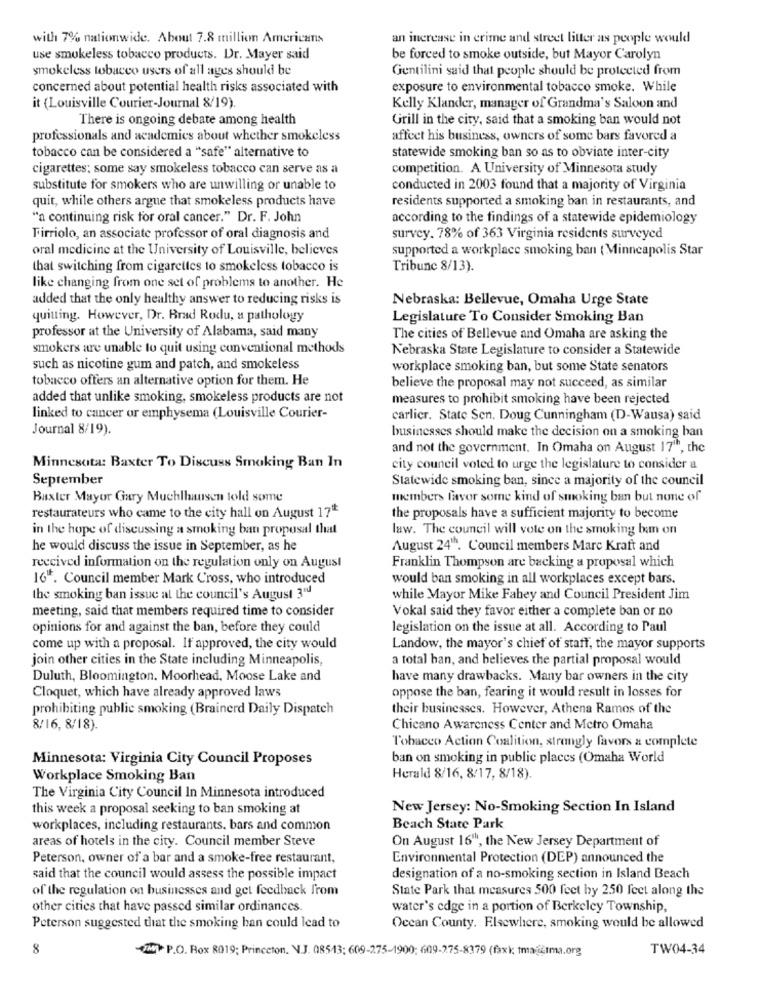
with 7% nationwide. About 7.8 million Americans
an increase in crime and street litter as people would
use smokeless tobacco products. Dr. Mayer said
be forced to smoke outside, but Mayor Carolyn
smokeless tobacco users of all ages should be
Gentilini said that people should be protected from
concerned about potential health risks associated with
exposure to environmental tobacco smoke. While
it (Louisville Courier-Journal 8/19)
Kelly Klander, manager of Grandma's Saloon and
There is ongoing debate among health
Grill in the city, said that a smoking ban would not
professionals and academies about whether smokeless
affect his business, owners of some bars favored a
tobacco can be considered a "safe" alternative to
statewide smoking ban so as to obviate inter-city
cigarettes: some say smokeless tobacco can serve as a
competition. A University of Minnesota study
substitute for smokers who are unwilling or unable to
conducted in 2003 found that a majority of Virginia
quit, while others argue that smokeless products have
residents supported a smoking ban in restaurants, and
"a continuing risk for oral cancer." Dr. F. John
according to the findings of a statewide epidemiology
Firriolo, an associate professor of oral diagnosis and
survey. 78% of 363 Virginia residents surveyed
oral medicine at the University of Louisville, believes
supported a workplace smoking ban (Minneapolis Star
that switching from cigarettes to smokeless tobacco is
Tribune 8/13).
like changing from one set of problems to another. He
added that the only healthy answer to reducing risks is
Nebraska: Bellevue, Omaha Urge State
quitting. However, Dr. Brad Rodu, a pathology
Legislature To Consider Smoking Ban
professor at the University of Alabama, said many
The cities of Bellevue and Omaha are asking the
smokers are unable to quit using conventional methods
Nebraska State Legislature to consider a Statewide
such as nicotine gum and patch, and smokeless
workplace smoking ban, but some State senators
tobacco offers an alternative option for them. He
believe the proposal may not succeed, as similar
added that unlike smoking, smokeless products are not
measures to prohibit smoking have been rejected
linked to cancer or emphysema (Louisville Courier-
carlier. State Sen. Doug Cunningham (D-Wausa) said
Journal 8/19).
businesses should make the decision on a smoking ban
and not the government. In Omaha on August 171h, the
Minnesota: Baxter To Discuss Smoking Ban In
city council voted to urge the legislature to consider a
September
Statewide smoking ban, since a majority of the council
Baxter Mayor Gary Muchlhausen told some
members favor some kind of smoking ban but none of
restaurateurs who came to the city hall on August 17 **
the proposals have a sufficient majority to become
in the hope of discussing a smoking ban proposal that
law. The council will vote on the smoking ban on
he would discuss the issue in September, as he
August 24". Council members Marc Kraft and
received information on the regulation only on August
Franklin Thompson are backing a proposal which
16 *. Council member Mark Cross, who introduced
would ban smoking in all workplaces except bars.
the smoking ban issue at the council's August 3"d
while Mayor Mike Fahey and Council President Jim
meeting, said that members required time to consider
Vokal said they favor either a complete ban or no
opinions for and against the ban, before they could
legislation on the issue at all. According to Paul
come up with a proposal. If approved, the city would
Landow, the mayor's chief of staff, the mayor supports
join other cities in the State including Minneapolis,
a total han, and believes the partial proposal would
Duluth, Bloomington. Moorhead, Moose Lake and
have many drawbacks. Many bar owners in the city
Cloquet, which have already approved laws
oppose the ban, fearing it would result in losses for
prohibiting public smoking (Brainerd Daily Dispatch
their businesses. However, Athena Ramos of the
8/16, 8/18).
Chicano Awareness Center and Metro Omaha
Tobacco Action Coalition, strongly favors a complete
Minnesota: Virginia City Council Proposes
ban on smoking in public places (Omaha World
Workplace Smoking Ban
Herald 8/16, 8/17, 8/18).
The Virginia City Council In Minnesota introduced
this week a proposal seeking to ban smoking at
New Jersey: No-Smoking Section In Island
workplaces, including restaurants, bars and common
Beach State Park
areas of hotels in the city. Council member Steve
On August 16", the New Jersey Department of
Peterson, owner of a bar and a smoke-free restaurant,
Environmental Protection (DEP) announced the
said that the council would assess the possible impact
designation of a no-smoking section in Island Beach
of the regulation on businesses and get feedback from
State Park that measures 500 feet by 250 feet along the
other cities that have passed similar ordinances.
water's edge in a portion of Berkeley Township,
Peterson suggested that the smoking han could lead to
Ocean County. Elsewhere, smoking would be allowed
8
UTM P.O. Box 8019; Princeton, N.J. 08543; 609-275-1900; 609-275-8379 (faxk tmaatma.org
TW04-34